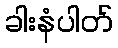
ခါးနံပါတ်